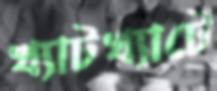
খ্যাটখ্যাটে